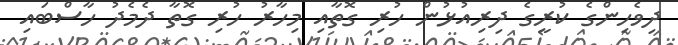
ދިވެހިންގެ ކުރީގެ ދިރިއުޅުން ހުރި ގޮތާއި މިހާރު ހުރި ގޮތާ ދެމެދު ހާސްބައި